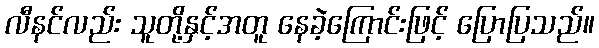
လီနင်လည်း သူတို့နှင့်အတူ နေခဲ့ကြောင်းဖြင့် ပြောပြသည်။